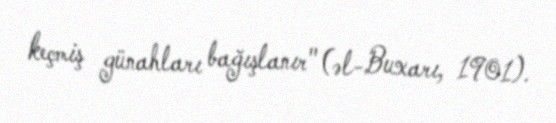
keçmiş günahları bağışlanır" (əl-Buxarı, 1901).